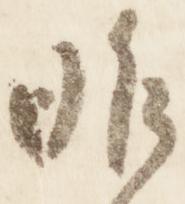
昨